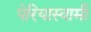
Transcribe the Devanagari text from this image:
पेरियास्वामी